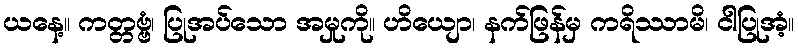
ယနေ့။ ကတ္တဗ္ဗံ၊ ပြုအပ်သော အမှုကို။ ဟိယျော၊ နက်ဖြန်မှ ကရိဿာမိ၊ ငါပြုအံ့။